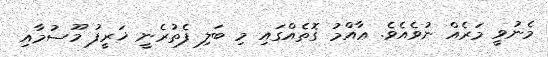
މެނުވީ މަރެއް ނުވެއެވެ. ޢާއްމު ގޮތެއްގައި މި ބަލި ފެތުރެނީ ޚަރީފު މޫސުމާއި